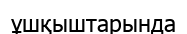
ұшқыштарында